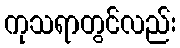
ကုသရာတွင်လည်း